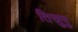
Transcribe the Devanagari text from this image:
तिस्रुषु